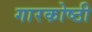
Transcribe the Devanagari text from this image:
गारकोष्ठी